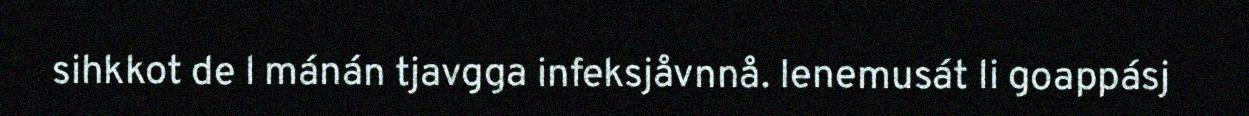
sihkkot de l mánán tjavgga infeksjåvnnå. Ienemusát li goappásj